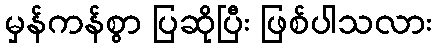
မှန်ကန်စွာ ပြဆိုပြီး ဖြစ်ပါသလား